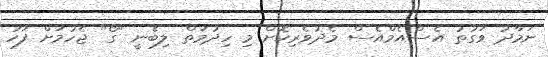
ނަމާދު ވަގުތު އެސްއެމްއެސް މެދުވެރިކޮށް މި ހިދުމަތް ލިބެނީ "ގޯ" ޖެހުމަށް ފަހު